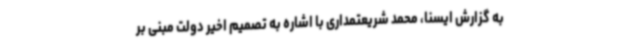
به گزارش ایسنا، محمد شریعتمداری با اشاره به تصمیم اخیر دولت مبنی بر